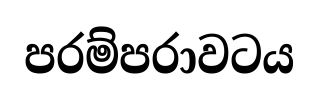
පරම්පරාවටය